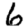
Digit: 6